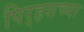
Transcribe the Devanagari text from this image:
पिर्‍हसच्या